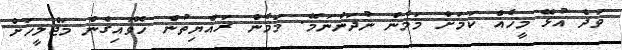
ވަދެ އުޅޭ މީހެއް ކަމަށް މަމެން ނުދަންނަމޭ. މަމެން ރައްޔިތުން ހޮވައިގެން މަޖްލީހަށް